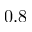
0 . 8